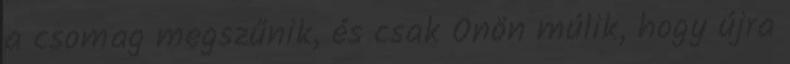
a csomag megszűnik, és csak Önön múlik, hogy újra